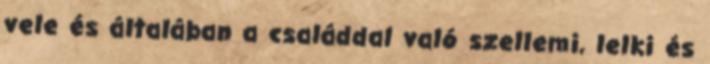
vele és általában a családdal való szellemi, lelki és